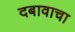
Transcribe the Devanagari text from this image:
दबावाचा